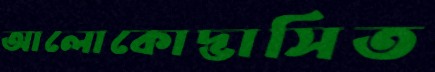
আলোকোদ্ভাসিত